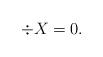
LaTeX: \begin{align*}\div X =0.\end{align*}